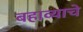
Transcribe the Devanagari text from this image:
बहाव्याचे